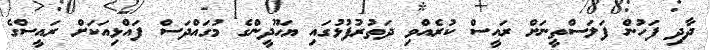
ދާދި ފަހުން ފަލަސްތީނަށް ރައީސް ކުރެއްވި ދަތުރުފުޅުގައި ޔަހޫދީންގެ މުގައްދަސް ފައްޅިއަކަށް ރައީސްގެ